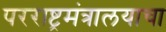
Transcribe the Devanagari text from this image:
परराष्ट्रमंत्रालयाचा